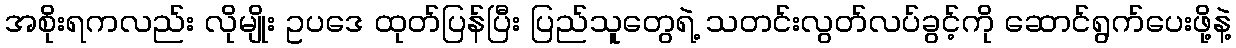
အစိုးရကလည်း လိုမျိုး ဥပဒေ ထုတ်ပြန်ပြီး ပြည်သူတွေရဲ့ သတင်းလွတ်လပ်ခွင့်ကို ဆောင်ရွက်ပေးဖို့နဲ့